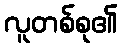
လူတစ်စု၏